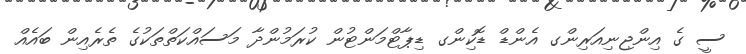
ސީ ގެ އިންޖިނިއަރިންގ އެންޑް ޑޮކިންގ ޑިޕާޓްމަންޓުން ކުރަމުންދާ މަސައްކަތްތަކުގެ ތެރެއިން ބައެއް